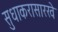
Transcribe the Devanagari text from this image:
सुधाकरासारखे